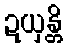
ဍယှန္တိ